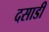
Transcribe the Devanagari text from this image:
दसाडी